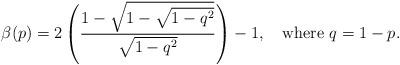
LaTeX: \begin{align*}\beta(p) = 2\left(\frac{1-\sqrt{1-\sqrt{1-q^2}}}{\sqrt{1-q^2}}\right)-1,\quad\mbox{where }q=1-p.\end{align*}